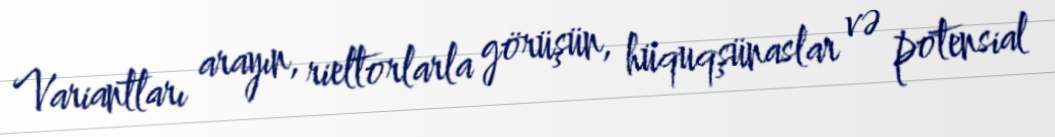
Variantları arayın, rieltorlarla görüşün, hüquqşünaslar və potensial